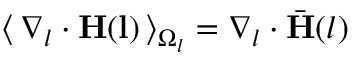
\langle \, \nabla _ { l } \cdot \mathbf { H ( l ) } \, \rangle _ { \Omega _ { l } } = \nabla _ { l } \cdot \bar { \mathbf { H } } ( l )